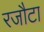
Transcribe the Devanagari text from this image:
रजौटा